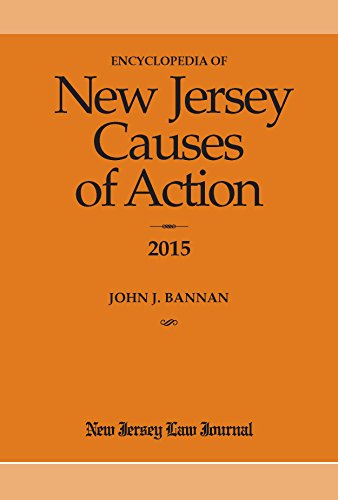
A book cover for Encyclopedia of New Jersey Causes of Action; John J Bannan; Law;